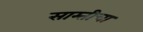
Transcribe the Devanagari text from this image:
साम्तीचा